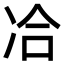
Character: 冾